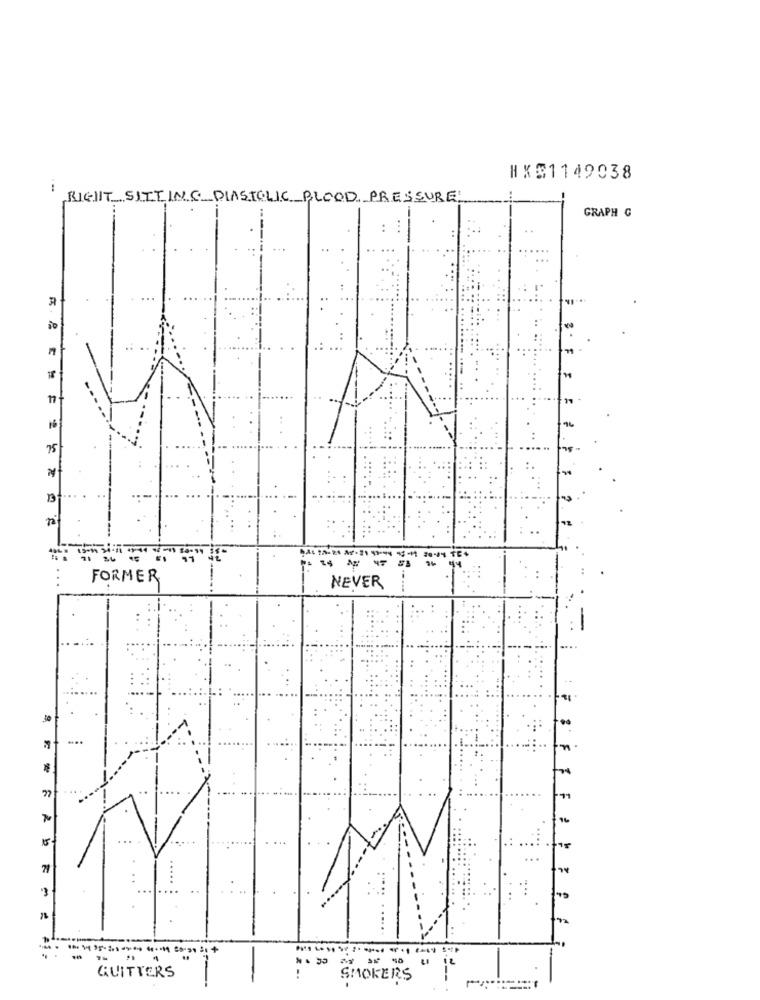
HX31149038
RIGHT SITTING DIASTOLIC BLOOD PRESSURE
GRAPH C
..
-
16
75
13
14 ₦#
FORMER
NEVER
...
15.
..
71
== 20
QUITTERS
SMOKERS